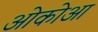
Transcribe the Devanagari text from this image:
ओकोआ